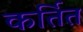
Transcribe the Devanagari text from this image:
कर्तित